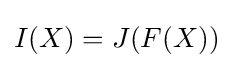
I(X)=J(F(X))